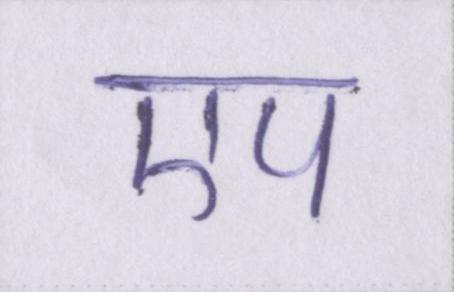
एप